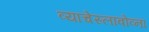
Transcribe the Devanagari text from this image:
व्याचेस्लावोव्ना